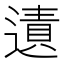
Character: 𨖊